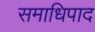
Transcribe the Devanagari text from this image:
समाधिपाद